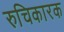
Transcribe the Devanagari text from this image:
रुचिकारक